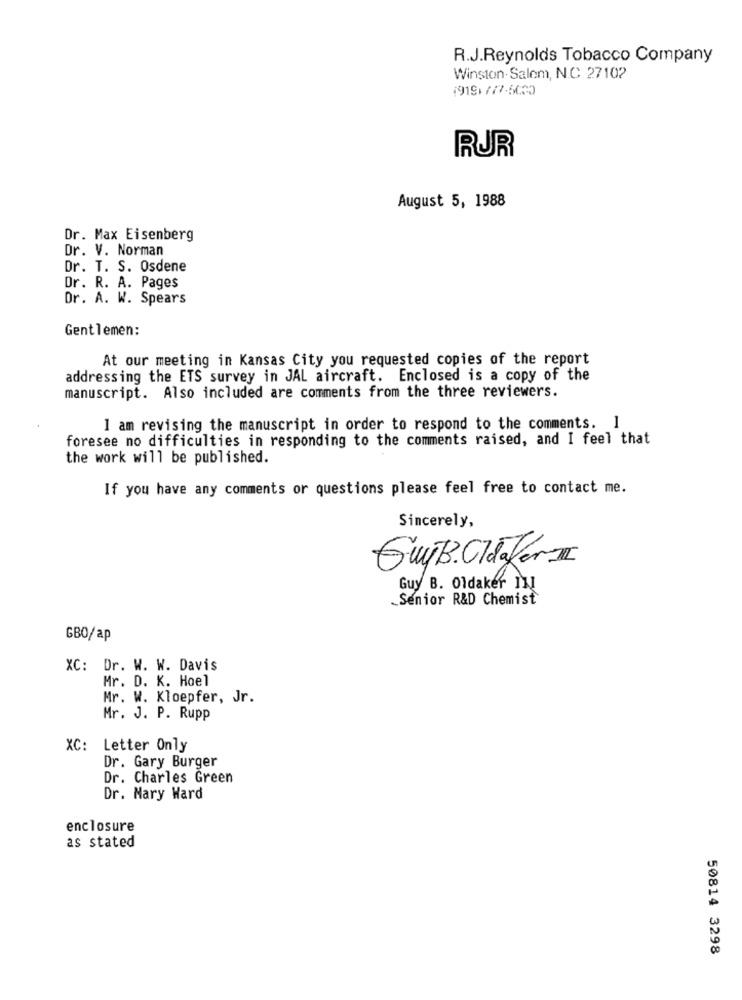
R.J.Reynolds Tobacco Company
Winston- Salem, N.C 27102
1919.777:5030
RUR
August 5, 1988
Dr. Max Eisenberg
Dr. V. Norman
Dr. T. S. Osdene
Dr. R. A. Pages
Dr. A. W. Spears
Gentlemen:
At our meeting in Kansas City you requested copies of the report
addressing the ETS survey in JAL aircraft. Enclosed is a copy of the
manuscript. Also included are comments from the three reviewers.
I am revising the manuscript in order to respond to the comments. I
foresee no difficulties in responding to the comments raised, and I feel that
the work will be published.
If you have any comments or questions please feel free to contact me.
Sincerely,
GuyB. Oldafern
Guy B. Oldaker ]]]
Senior R&D Chemist
GBO/ap
XC: Dr. W. W. Davis
Mr. D. K. Hoel
Mr. W. Kloepfer, Jr.
Mr. J. P. Rupp
XC:
Letter Only
Dr. Gary Burger
Dr. Charles Green
Dr. Mary Ward
enclosure
as stated
50814 3298